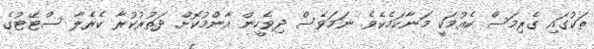
ތަކުގައި ގެރިމަސް ކެއުމަކީ މަނާކަމެކެވެ. ނަމަވެސް ދިވެހީން އާންމުކޮށް ދަތުރުކުރާ ކެރެލާ ސްޓޭޓުގެ